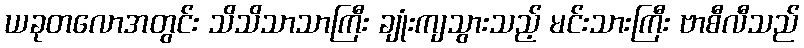
ယခုတလောအတွင်း သိသိသာသာကြီး ချုံးကျသွားသည့် မင်းသားကြီး ဗာစီလီသည်